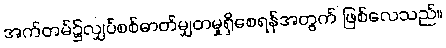
အက်တမ်၌လျှပ်စစ်ဓာတ်မျှတမှုရှိစေရန်အတွက် ဖြစ်လေသည်။